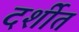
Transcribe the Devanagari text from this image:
दर्शीत